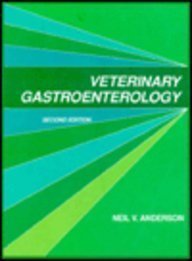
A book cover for Veterinary Gastroenterology; Neil V. Anderson; Medical Books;